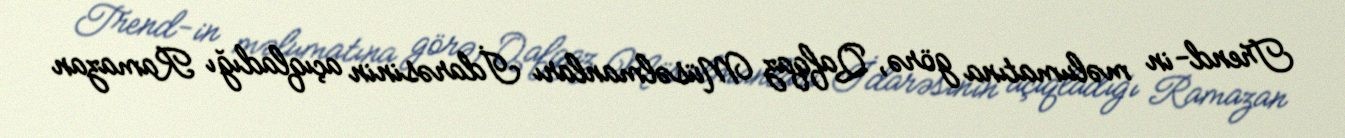
Trend-in məlumatına görə, Qafqaz Müsəlmanları İdarəsinin açıqladığı Ramazan